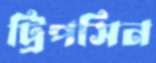
ট্রিপসিন